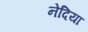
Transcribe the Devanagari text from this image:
नेदिया